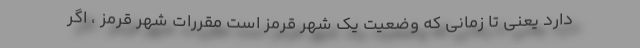
دارد یعنی تا زمانی که وضعیت یک شهر قرمز است مقررات شهر قرمز ، اگر